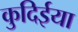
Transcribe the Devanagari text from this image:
कुदिईया